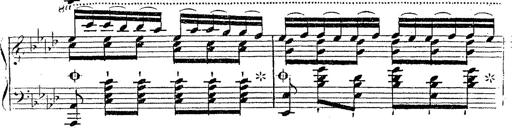
Title: 12 Lieder von Franz Schubert
Composer: Franz Liszt